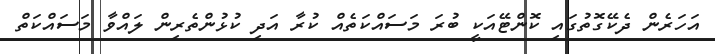
އަހަރެން ދެކޭގޮތުގައި ކޮންޓޭއަކީ ބުރަ މަސައްކަތެއް ކުރާ އަދި ކުޅުންތެރިން ލައްވާ މަސައްކަތް